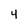
Character: 4